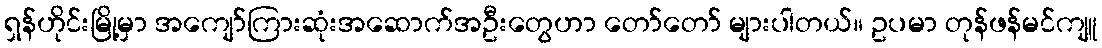
ရှန်ဟိုင်းမြို့မှာ အကျော်ကြားဆုံးအဆောက်အဦးတွေဟာ တော်တော် များပါတယ်။ ဥပမာ တုန်ဖန်မင်ကျူ